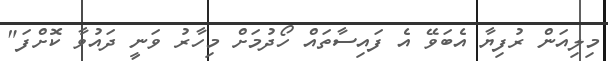
މިލިއަން ރުފިޔާ އެބަވޭ އެ ފައިސާތައް ހޯދުމަށް މިހާރު ވަނީ ދައުވާ ކޮށްފަ"